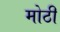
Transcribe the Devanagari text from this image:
मोठीं